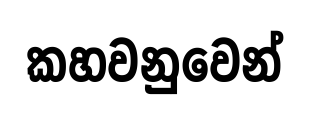
කහවනුවෙන්